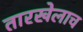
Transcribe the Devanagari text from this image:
तारखेलाच